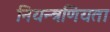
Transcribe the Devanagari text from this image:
नियन्त्रणियता